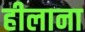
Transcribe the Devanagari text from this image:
हीलाना